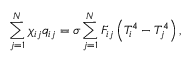
\sum _ { j = 1 } ^ { N } \chi _ { i j } q _ { i j } = \sigma \sum _ { j = 1 } ^ { N } F _ { i j } \left( T _ { i } ^ { 4 } - T _ { j } ^ { 4 } \right) { , }